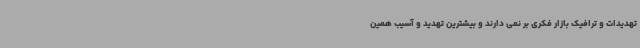
تهدیدات و ترافیک بازار فکری بر نمی دارند و بیشترین تهدید و آسیب همین